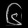
Digit: ၆